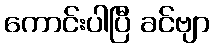
ကောင်းပါပြီ ခင်ဗျာ